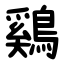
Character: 鷄